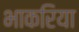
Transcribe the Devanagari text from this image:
भाकरिया